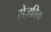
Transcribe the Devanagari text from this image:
सेज़विक